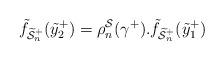
LaTeX: \begin{align*}\tilde{f}_{\widetilde{\mathcal{S}}^{+}_{n}}(\tilde{y}^{+}_{2})=\rho^{\mathcal{S}}_{n}(\gamma^{+}).\tilde{f}_{\widetilde{\mathcal{S}}^{+}_{n}}(\tilde{y}^{+}_{1})\end{align*}